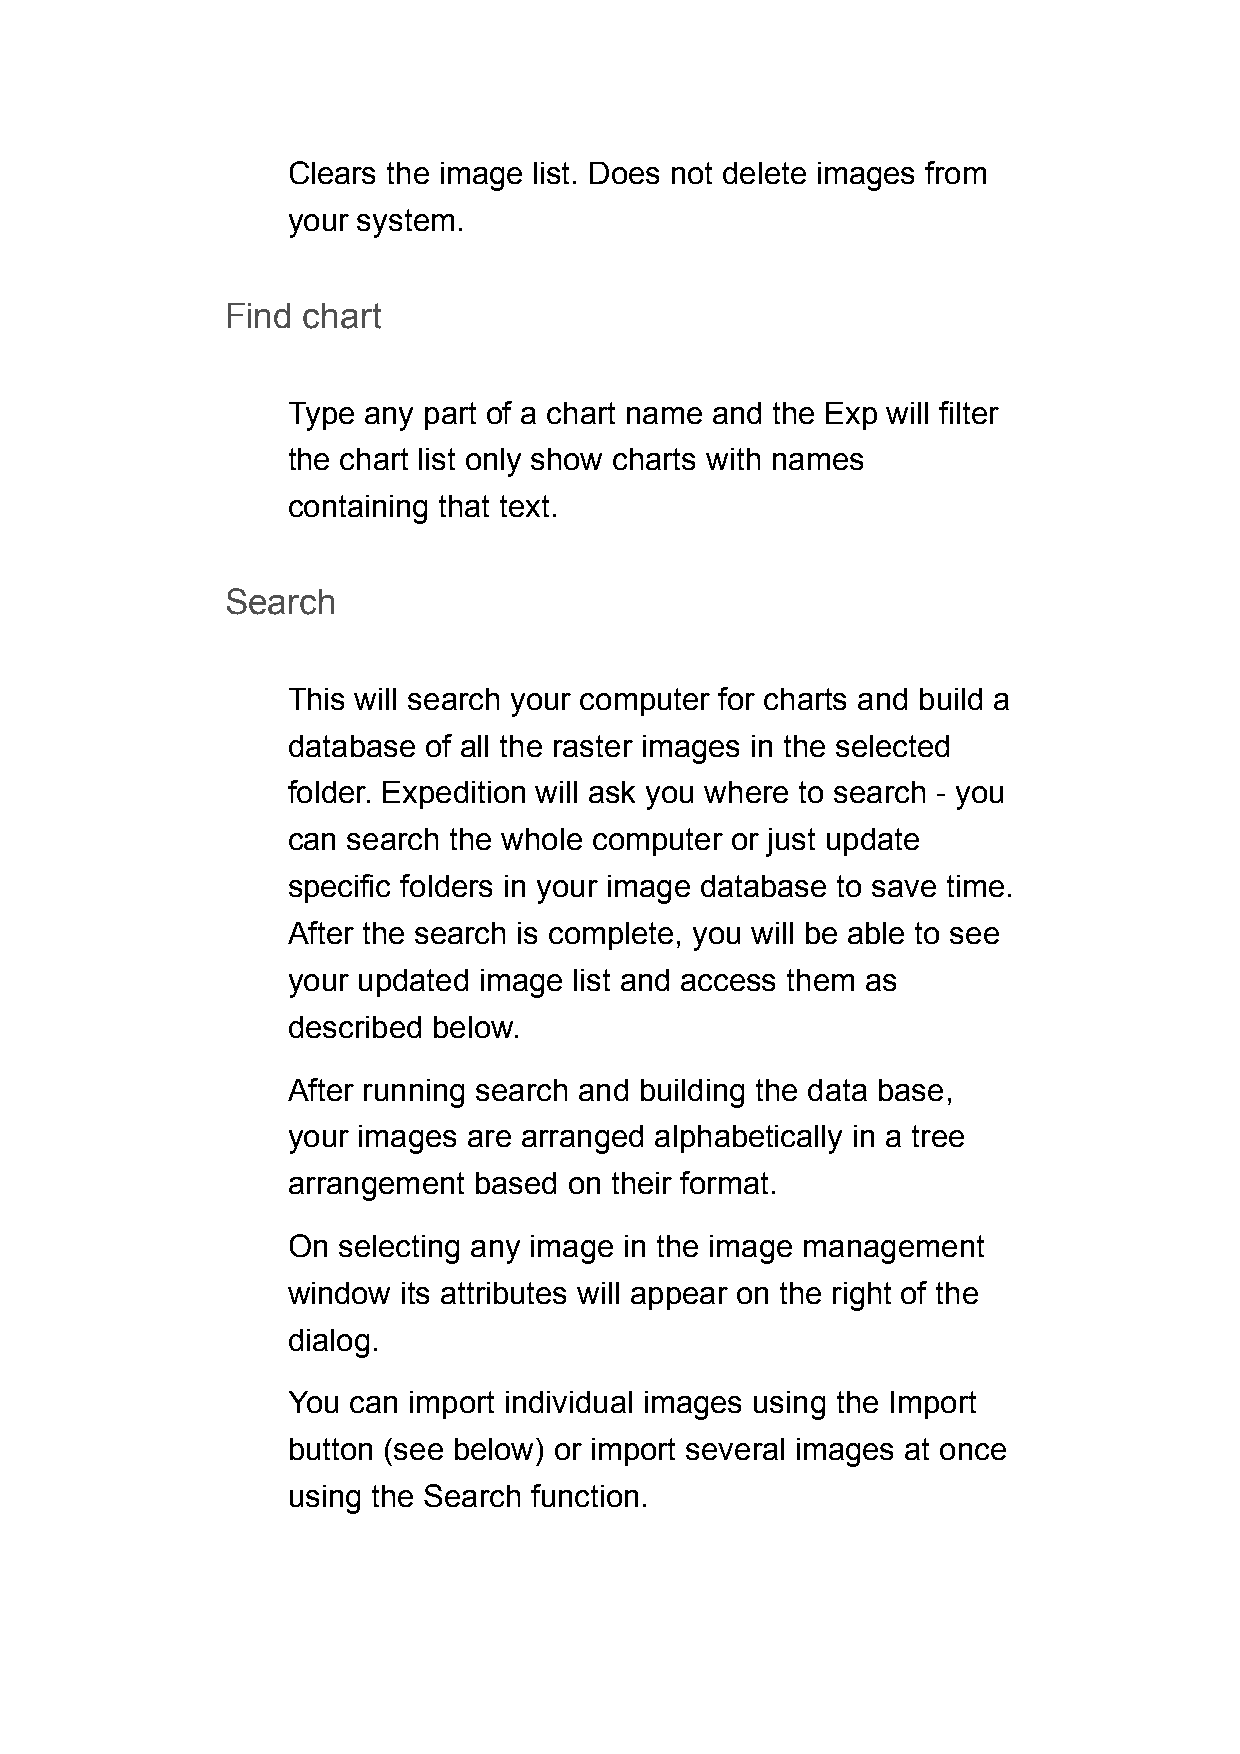
Clears the image list. Does not delete images from
 your system.
 Find chart
 Type any part of a chart name and the Exp will filter
 the chart list only show charts with names
 containing that text.
 Search
 This will search your computer for charts and build a
 database of all the raster images in the selected
 folder. Expedition will ask you where to search - you
 can search the whole computer or just update
 specific folders in your image database to save time.
 After the search is complete, you will be able to see
 your updated image list and access them as
 described below.
 After running search and building the data base,
 your images are arranged alphabetically in a tree
 arrangement based  on their format.
 On selecting any image in the image management
 window  its attributes will appear on the right of the
 dialog.
 You can import individual images using the Import
 button (see below) or import several images at once
 using the Search function.